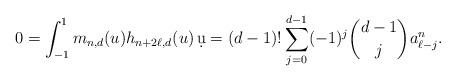
LaTeX: \begin{align*} 0 = \int_{-1}^1 m_{n,d}(u) h_{n+2\ell,d}(u)\,\d u = (d-1)! \sum_{j=0}^{d-1} (-1)^j \binom{d-1}{j} a_{\ell-j}^n.\end{align*}